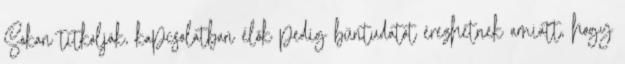
Sokan titkolják, kapcsolatban élők pedig bűntudatot érezhetnek amiatt, hogy